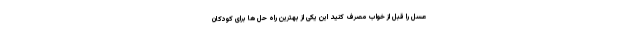
عسل را قبل از خواب مصرف کنید این یکی از بهترین راه حل ها برای کودکان